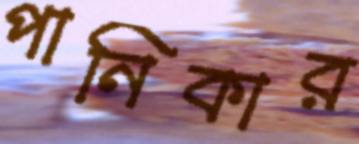
পানিকার